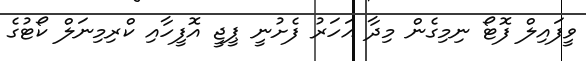
ވީފައިލް ފޮޓޯ ނިމިގެން މިދާ އަހަރު ފެށުނީ ޕީޖީ އޮފީހާއި ކްރިމިނަލް ކޯޓުގެ